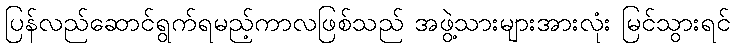
ပြန်လည်ဆောင်ရွက်ရမည့်ကာလဖြစ်သည် အဖွဲ့သားများအားလုံး မြင်သွားရင်